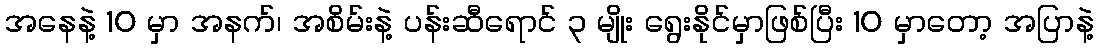
အနေနဲ့ 10 မှာ အနက်၊ အစိမ်းနဲ့ ပန်းဆီရောင် ၃ မျိုး ရွေးနိုင်မှာဖြစ်ပြီး 10 မှာတော့ အပြာနဲ့